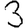
Digit: 3